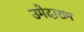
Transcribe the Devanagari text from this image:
उमेदाराम